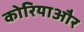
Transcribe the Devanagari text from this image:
कोरियाऔर